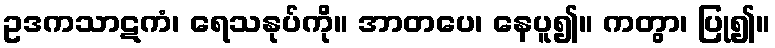
ဥဒကသာဋကံ၊ ရေသနုပ်ကို။ အာတပေ၊ နေပူ၍။ ကတွာ၊ ပြု၍။